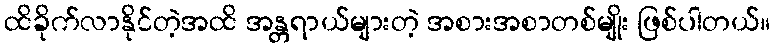
ထိခိုက်လာနိုင်တဲ့အထိ အန္တရာယ်များတဲ့ အစားအစာတစ်မျိုး ဖြစ်ပါတယ်။